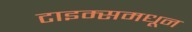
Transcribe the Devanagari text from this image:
टाइम्समधून